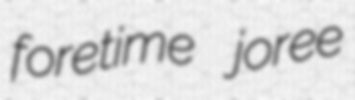
foretime joree